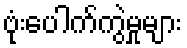
ဗုံးပေါက်ကွဲမှုများ